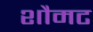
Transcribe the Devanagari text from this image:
शौमट